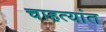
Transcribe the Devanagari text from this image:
चाहत्यांत